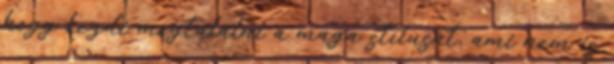
hogy kezdi megtalálni a maga stílusát, ami nem is